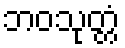
ဘဝသုတ္တံ